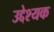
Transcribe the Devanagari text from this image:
उद्देश्यक